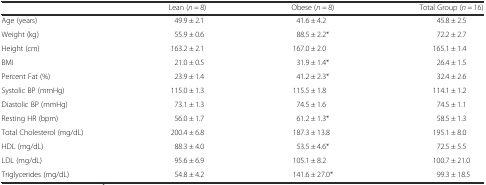
<table><thead><tr><td></td><td><b>Lean (<i>n</i> = 8)</b></td><td><b>Obese (<i>n</i> = 8)</b></td><td><b>Total Group (<i>n</i> = 16)</b></td></tr></thead><tbody><tr><td>Age (years)</td><td>49.9 ± 2.1</td><td>41.6 ± 4.2</td><td>45.8 ± 2.5</td></tr><tr><td>Weight (kg)</td><td>55.9 ± 0.6</td><td>88.5 ± 2.2*</td><td>72.2 ± 2.7</td></tr><tr><td>Height (cm)</td><td>163.2 ± 2.1</td><td>167.0 ± 2.0</td><td>165.1 ± 1.4</td></tr><tr><td>BMI</td><td>21.0 ± 0.5</td><td>31.9 ± 1.4*</td><td>26.4 ± 1.5</td></tr><tr><td>Percent Fat (%)</td><td>23.9 ± 1.4</td><td>41.2 ± 2.3*</td><td>32.4 ± 2.6</td></tr><tr><td>Systolic BP (mmHg)</td><td>115.0 ± 1.3</td><td>115.5 ± 1.8</td><td>114.1 ± 1.2</td></tr><tr><td>Diastolic BP (mmHg)</td><td>73.1 ± 1.3</td><td>74.5 ± 1.6</td><td>74.5 ± 1.1</td></tr><tr><td>Resting HR (bpm)</td><td>56.0 ± 1.7</td><td>61.2 ± 1.3*</td><td>58.5 ± 1.3</td></tr><tr><td>Total Cholesterol (mg/dL)</td><td>200.4 ± 6.8</td><td>187.3 ± 13.8</td><td>195.1 ± 8.0</td></tr><tr><td>HDL (mg/dL)</td><td>88.3 ± 4.0</td><td>53.5 ± 4.6*</td><td>72.5 ± 5.5</td></tr><tr><td>LDL (mg/dL)</td><td>95.6 ± 6.9</td><td>105.1 ± 8.2</td><td>100.7 ± 21.0</td></tr><tr><td>Triglycerides (mg/dL)</td><td>54.8 ± 4.2</td><td>141.6 ± 27.0*</td><td>99.3 ± 18.5</td></tr></tbody></table>